Senior Leaving Certificate Examination (including Day School Certificate (Higher) General paper), 1950
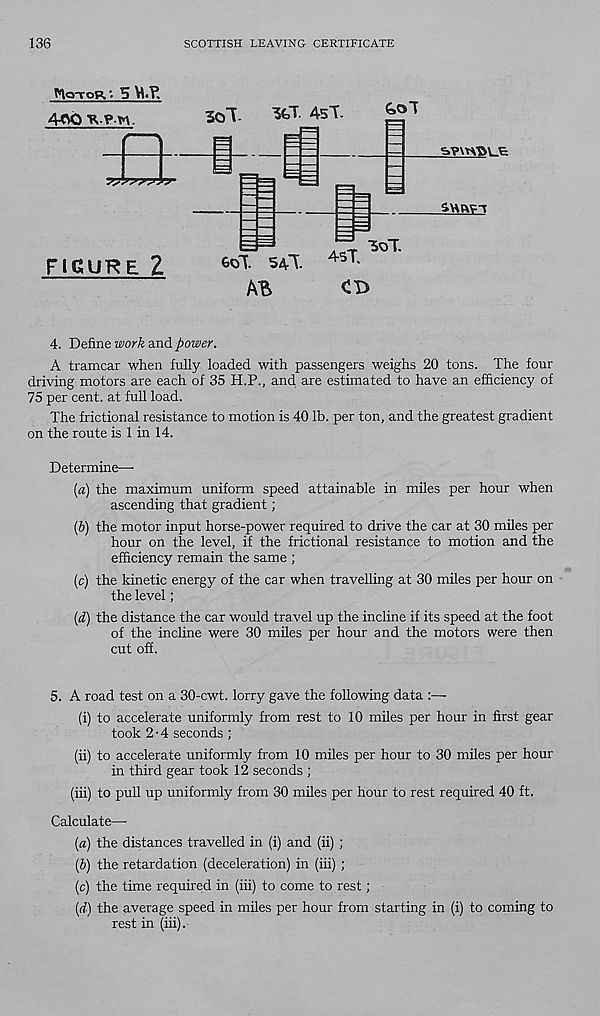
136
SCOTTISH LEAVING CERTIFICATE
ftioTORS M.P.
FIGURE 1
sol.
3feT 451-
swrv-i
GOT 54T
45t
AB
3qT
4. Define work and power.
A tramcar when fully loaded with passengers weighs 20 tons. The four
driving motors are each of 35 H.P., and are estimated to have an efficiency of
75 per cent, at full load.
The frictional resistance to motion is 40 lb. per ton, and the greatest gradient
on the route is 1 in 14.
Determine—
[а) the maximum uniform speed attainable in miles per hour when
ascending that gradient;
(б) the motor input horse-power required to drive the car at 30 miles per
hour on the level, if the frictional resistance to motion and the
efficiency remain the same ;
(c) the kinetic energy of the car when travelling at 30 miles per hour on
the level;
[d) the distance the car would travel up the incline if its speed at the foot
of the incline were 30 miles per hour and the motors were then
cut off.
5. A road test on a 30-cwt. lorry gave the following data :—
(i) to accelerate uniformly from rest to 10 miles per hour in first gear
took 2-4 seconds ;
(ii) to accelerate uniformly from 10 miles per hour to 30 miles per hour
in third gear took 12 seconds ;
(iii) to pull up uniformly from 30 miles per hour to rest required 40 ft.
Calculate—
[а) the distances travelled in (i) and (ii) ;
(б) the retardation (deceleration) in (iii) ;
(c) the time required in (iii) to come to rest;
(d) the average speed in miles per hour from starting in (i) to coming to
rest in (iii).